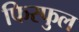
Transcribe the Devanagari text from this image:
फिस्फुल